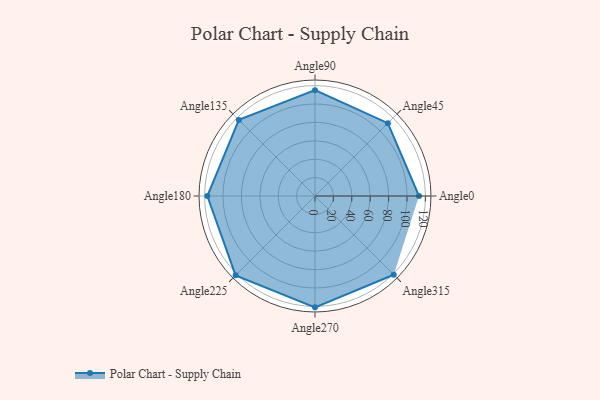
{"axis": {"x": "Angle", "y": "Radius"}, "legend": [""], "data": [{"x": "Angle0", "y": 113.0, "type": ""}, {"x": "Angle45", "y": 112.0, "type": ""}, {"x": "Angle90", "y": 115.0, "type": ""}, {"x": "Angle135", "y": 117.0, "type": ""}, {"x": "Angle180", "y": 117.0, "type": ""}, {"x": "Angle225", "y": 122.0, "type": ""}, {"x": "Angle270", "y": 121.0, "type": ""}, {"x": "Angle315", "y": 121.0, "type": ""}]}